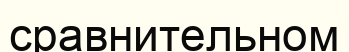
сравнительном